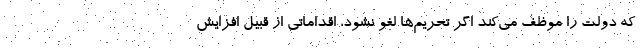
که دولت را موظف می‌کند اگر تحریم‌ها لغو نشود، اقداماتی از قبیل افزایش